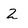
Character: 2